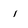
Character: i